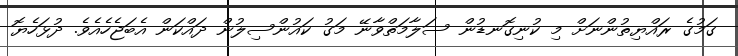
ގަމުގެ ރައްޔިތުންނަށް މި ކުނިގޮނޑުން ސަލާމަތްވާނޭ މަގު ކައުންސިލުން ދައްކަން އެބަޖެހެއެވެ. ދުޅަހެޔޮ